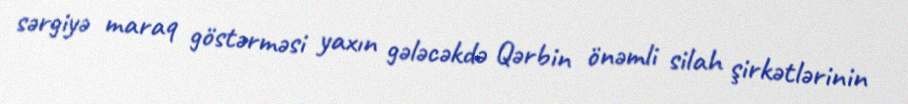
sərgiyə maraq göstərməsi yaxın gələcəkdə Qərbin önəmli silah şirkətlərinin